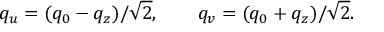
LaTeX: q _ { u } = ( q _ { 0 } - q _ { z } ) / \sqrt { 2 } , \qquad q _ { v } = ( q _ { 0 } + q _ { z } ) / \sqrt { 2 } .